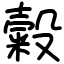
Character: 糓